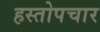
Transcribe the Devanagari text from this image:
हस्तोपचार